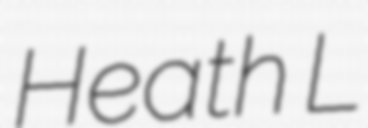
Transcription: Heath L